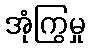
အုံကြွမှု